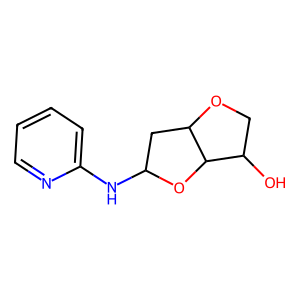
SMILES: OC1COC2CC(Nc3ccccn3)OC12
Inhibits HIV replication: No